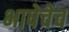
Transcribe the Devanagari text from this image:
भाषेचेच